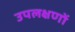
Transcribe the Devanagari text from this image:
उपलक्षणों